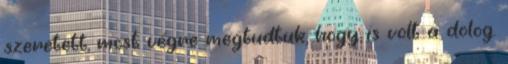
szeretett, most végre megtudtuk, hogy is volt a dolog.